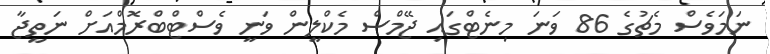
ނަމަވެސް މެޗުގެ 86 ވަނަ މިނެޓްގައި ޖޭމްސް މެކްލީން ވަނީ ވެސްޓްބްރޮމްއަށް ނަތީޖާ